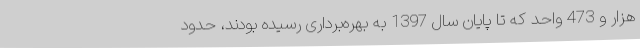
هزار و 473 واحد که تا پایان سال 1397 به بهره‌برداری رسیده بودند، حدود